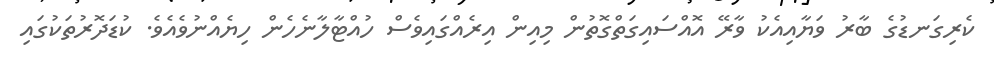
ކެރިގަނޑުގެ ބާރު ވަޔާއިއެކު ވާރޭ އޮއްސައިގަތްގޮތުން މިއިން އިރެއްގައިވެސް ހުއްޓާލާނެހެން ހިޔެއްނުވެއެވެ. ކުޑަދޮރުތަކުގައި